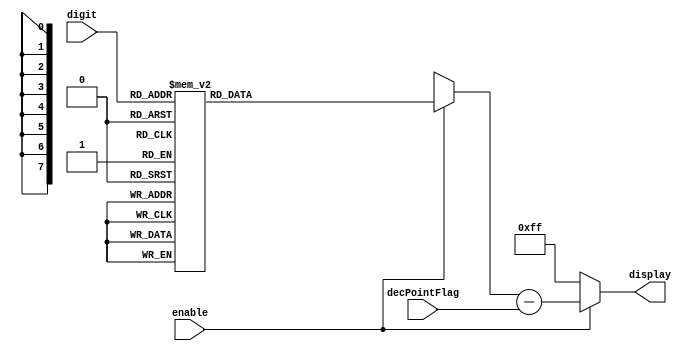
module segDisplay(digit, enable, decPointFlag, display);
    input[3:0] digit;
    input enable, decPointFlag;
    output reg[7:0] display;
    always @(digit, enable) begin
        if (enable) begin
            case (digit) 
                 0: display = 8'b00000011; 
                 1: display = 8'b10011111; 
                 2: display = 8'b00100101;
                 3: display = 8'b00001101;
                 4: display = 8'b10011001;
                 5: display = 8'b01001001;
                 6: display = 8'b01000001;
                 7: display = 8'b00011111;
                 8: display = 8'b00000001;
                 9: display = 8'b00001001;
                 10: display = 8'b11111101;
                default: display = 8'b11111111;
            endcase
            display = display - decPointFlag;
        end
        else display = 8'b11111111;
    end
endmodule